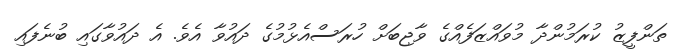
ތަންފީޒު ކުރަމުންދާ މުވައްޒަފެއްގެ ވާޖިބަށް ހުރަސްއެޅުމުގެ ދައުވާ އެވެ. އެ ދައުވާގައި ބުނެފައި